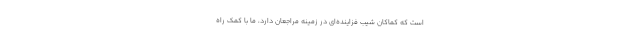
است که کماکان شیب فزاینده‌ای در زمینه مراجعان دارد، ما با کمک راه